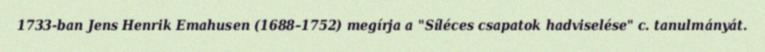
1733-ban Jens Henrik Emahusen (1688–1752) megírja a "Síléces csapatok hadviselése" c. tanulmányát.